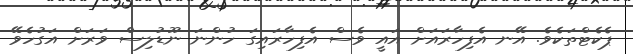
ޕެކެޓްތަކެވެ. އޭނ އެފިހާރައަށް އައީ ވެސް އެފިހާރައިގަ ހުންނަ ނޫޑުލިސް ވަރަށް އަގުހެވޭ